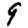
Digit: 9